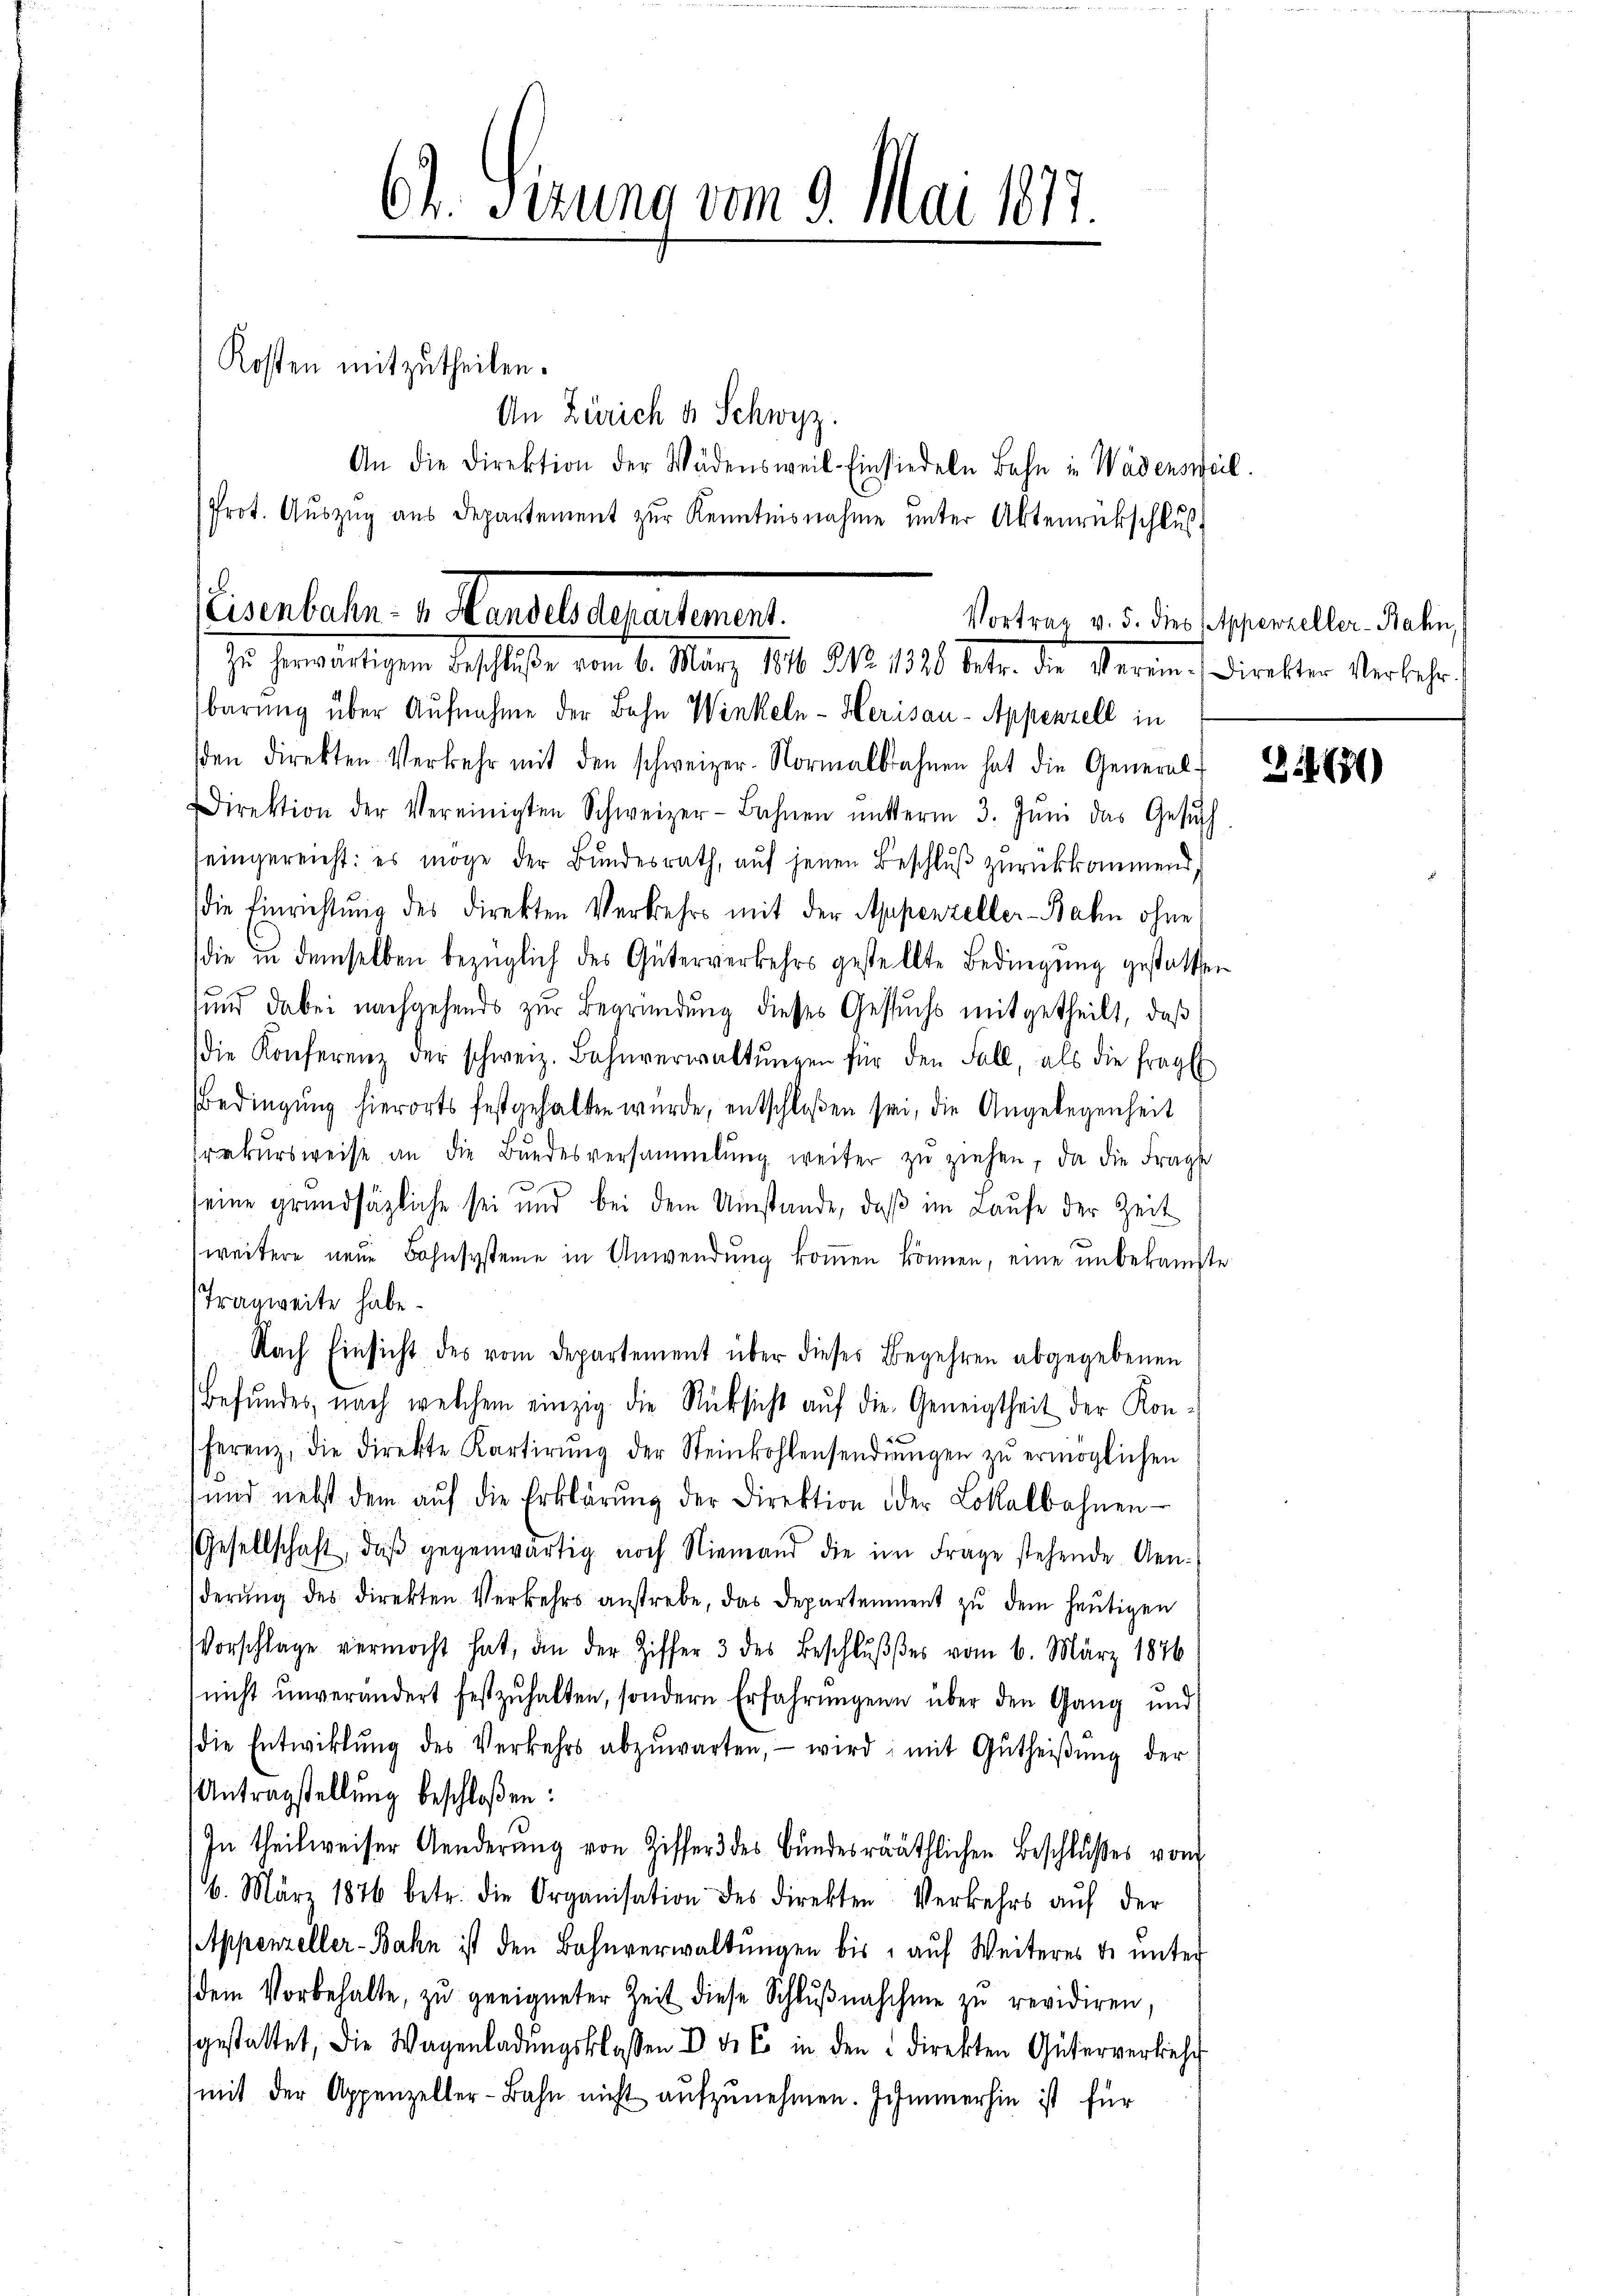
64. Sirung vom 9. Mai 1817.
Kosten mitzutheilen.

Prot. Aŭszŭg aŭs Departement zŭr Kenntnisnahme unter Aktenrückschluß

An Zürich u. Schwyz.
An die Direktion der Wädensweil Einsiedeln Bahn in Wädensweil.

ecretater Standelteratent
Vortrag v. 5. dies Appenzeller-Bahn,
In herwärtigen Beschluße vom 1. März 184. 21. 1820 Jahr. die Seren. Direkter Verkehr

barung über Aufnahme der Bahn Winkeln - Herisau - Appenzell in
βten direkten Verkehr mit den schweizer-Normalbahnen hat die General-
Direktion der Vereinigten Schweizer-Bahnen unterm 3. Jŭni das Gesŭch
seingereicht: es möge der Bundesrath, auf jenen Beschluß zurückkommend,
die Einrichtung des direkten Verkehrs mit der Appenzeller-Bahn ohne
die in demselben bezüglich des Güterverkehrs gestellte Bedingung gestatten
und dabei nachgehends zur Begründung dieses Gesuchs mitgetheilt, daβ
die Konferenz der schweiz. Bahnverwaltŭngen für den Fall, als die fragt
Bedingung hierorts festgehalten würde, entschloßen sei, die Angelegenheit
rekŭrsweise an die Bŭndesversammlung weiter zŭ ziehen, da die Frage
seine grundsätzliche sei und bei dem Umstände, daβ im Laufe der Zeit
weitere neue Bohnsysteme in Anwendung kommen können, eine unbekannte
Tragweite habe.
Nach Einsicht des vom Departement über dieses Begehren abgegebenen
Befundes, nach welchem einzig die Rücksicht auf die Geneigtheit der Kon-
ferenz, die Direkte Kartirŭng der Steinkohlensendŭngen zŭ ermöglichen
und nebst dem aŭf die Erklärŭng der Direktion oder Lokalbahnen-
Gesellschaft, daβ gegenwärtig noch Niemand die im Frage stehende Aen-
derŭng des direkten Verkehrs anstrebe, das Departement zŭ dem heŭtigen
Vorschlage vermocht hat, an der Ziffer 3 des Beschlŭβes vom 6. März 1876
nicht ŭnverändert festzŭhalten, sondern Erfahrŭngen über den Gang und
die Entwicklung des Verkehrs abzŭwarten, wird mit Gŭtheiβŭng der
Antragstellung beschloßen:
In theilweiser Aenderung von Ziffer des Bundesräthlichen Beschlußes vom
6. März 1876 betr. die Organisation des direkten Verkehrs aŭf der
Appenzeller-Bahn ist den Bahnverwaltŭngen bis aŭf Weiteres u. unter
(dem Vorbehalte, zŭ geeigneter Zeit diese Schlŭβnahme zŭ revidiren,
sgestattet, die Wagenladŭngsklassen d. d. So in den direkten Güterverkehr
mit der Appenzeller-Bahn nicht aŭfzŭnehmen. Immerhin ist für

311689)